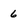
Character: 6